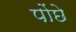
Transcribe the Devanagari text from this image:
पोंछे